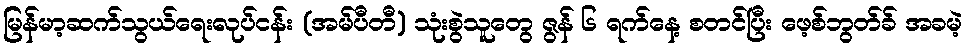
မြန်မာ့ဆက်သွယ်ရေးလုပ်ငန်း (အမ်ပီတီ) သုံးစွဲသူတွေ ဇွန် ၆ ရက်နေ့ စတင်ပြီး ဖေ့စ်ဘွတ်ခ် အခမဲ့